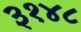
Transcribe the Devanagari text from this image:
३१४८